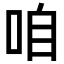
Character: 咱